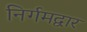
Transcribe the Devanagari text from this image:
निर्गमद्वार